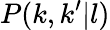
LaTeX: P(k,k^{\prime}|l)